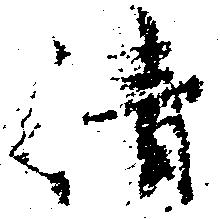
清